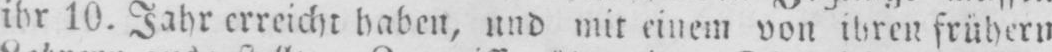
ihr 10. Jahr erreicht haben, und mir einem von ihren frühern